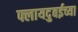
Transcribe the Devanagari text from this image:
फ्लायदुबईच्या